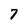
Character: 7